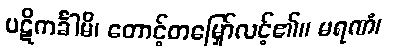
ပဋိကင်္ခါမိ၊ တောင့်တမြှော်လင့်၏။ မရဏံ၊